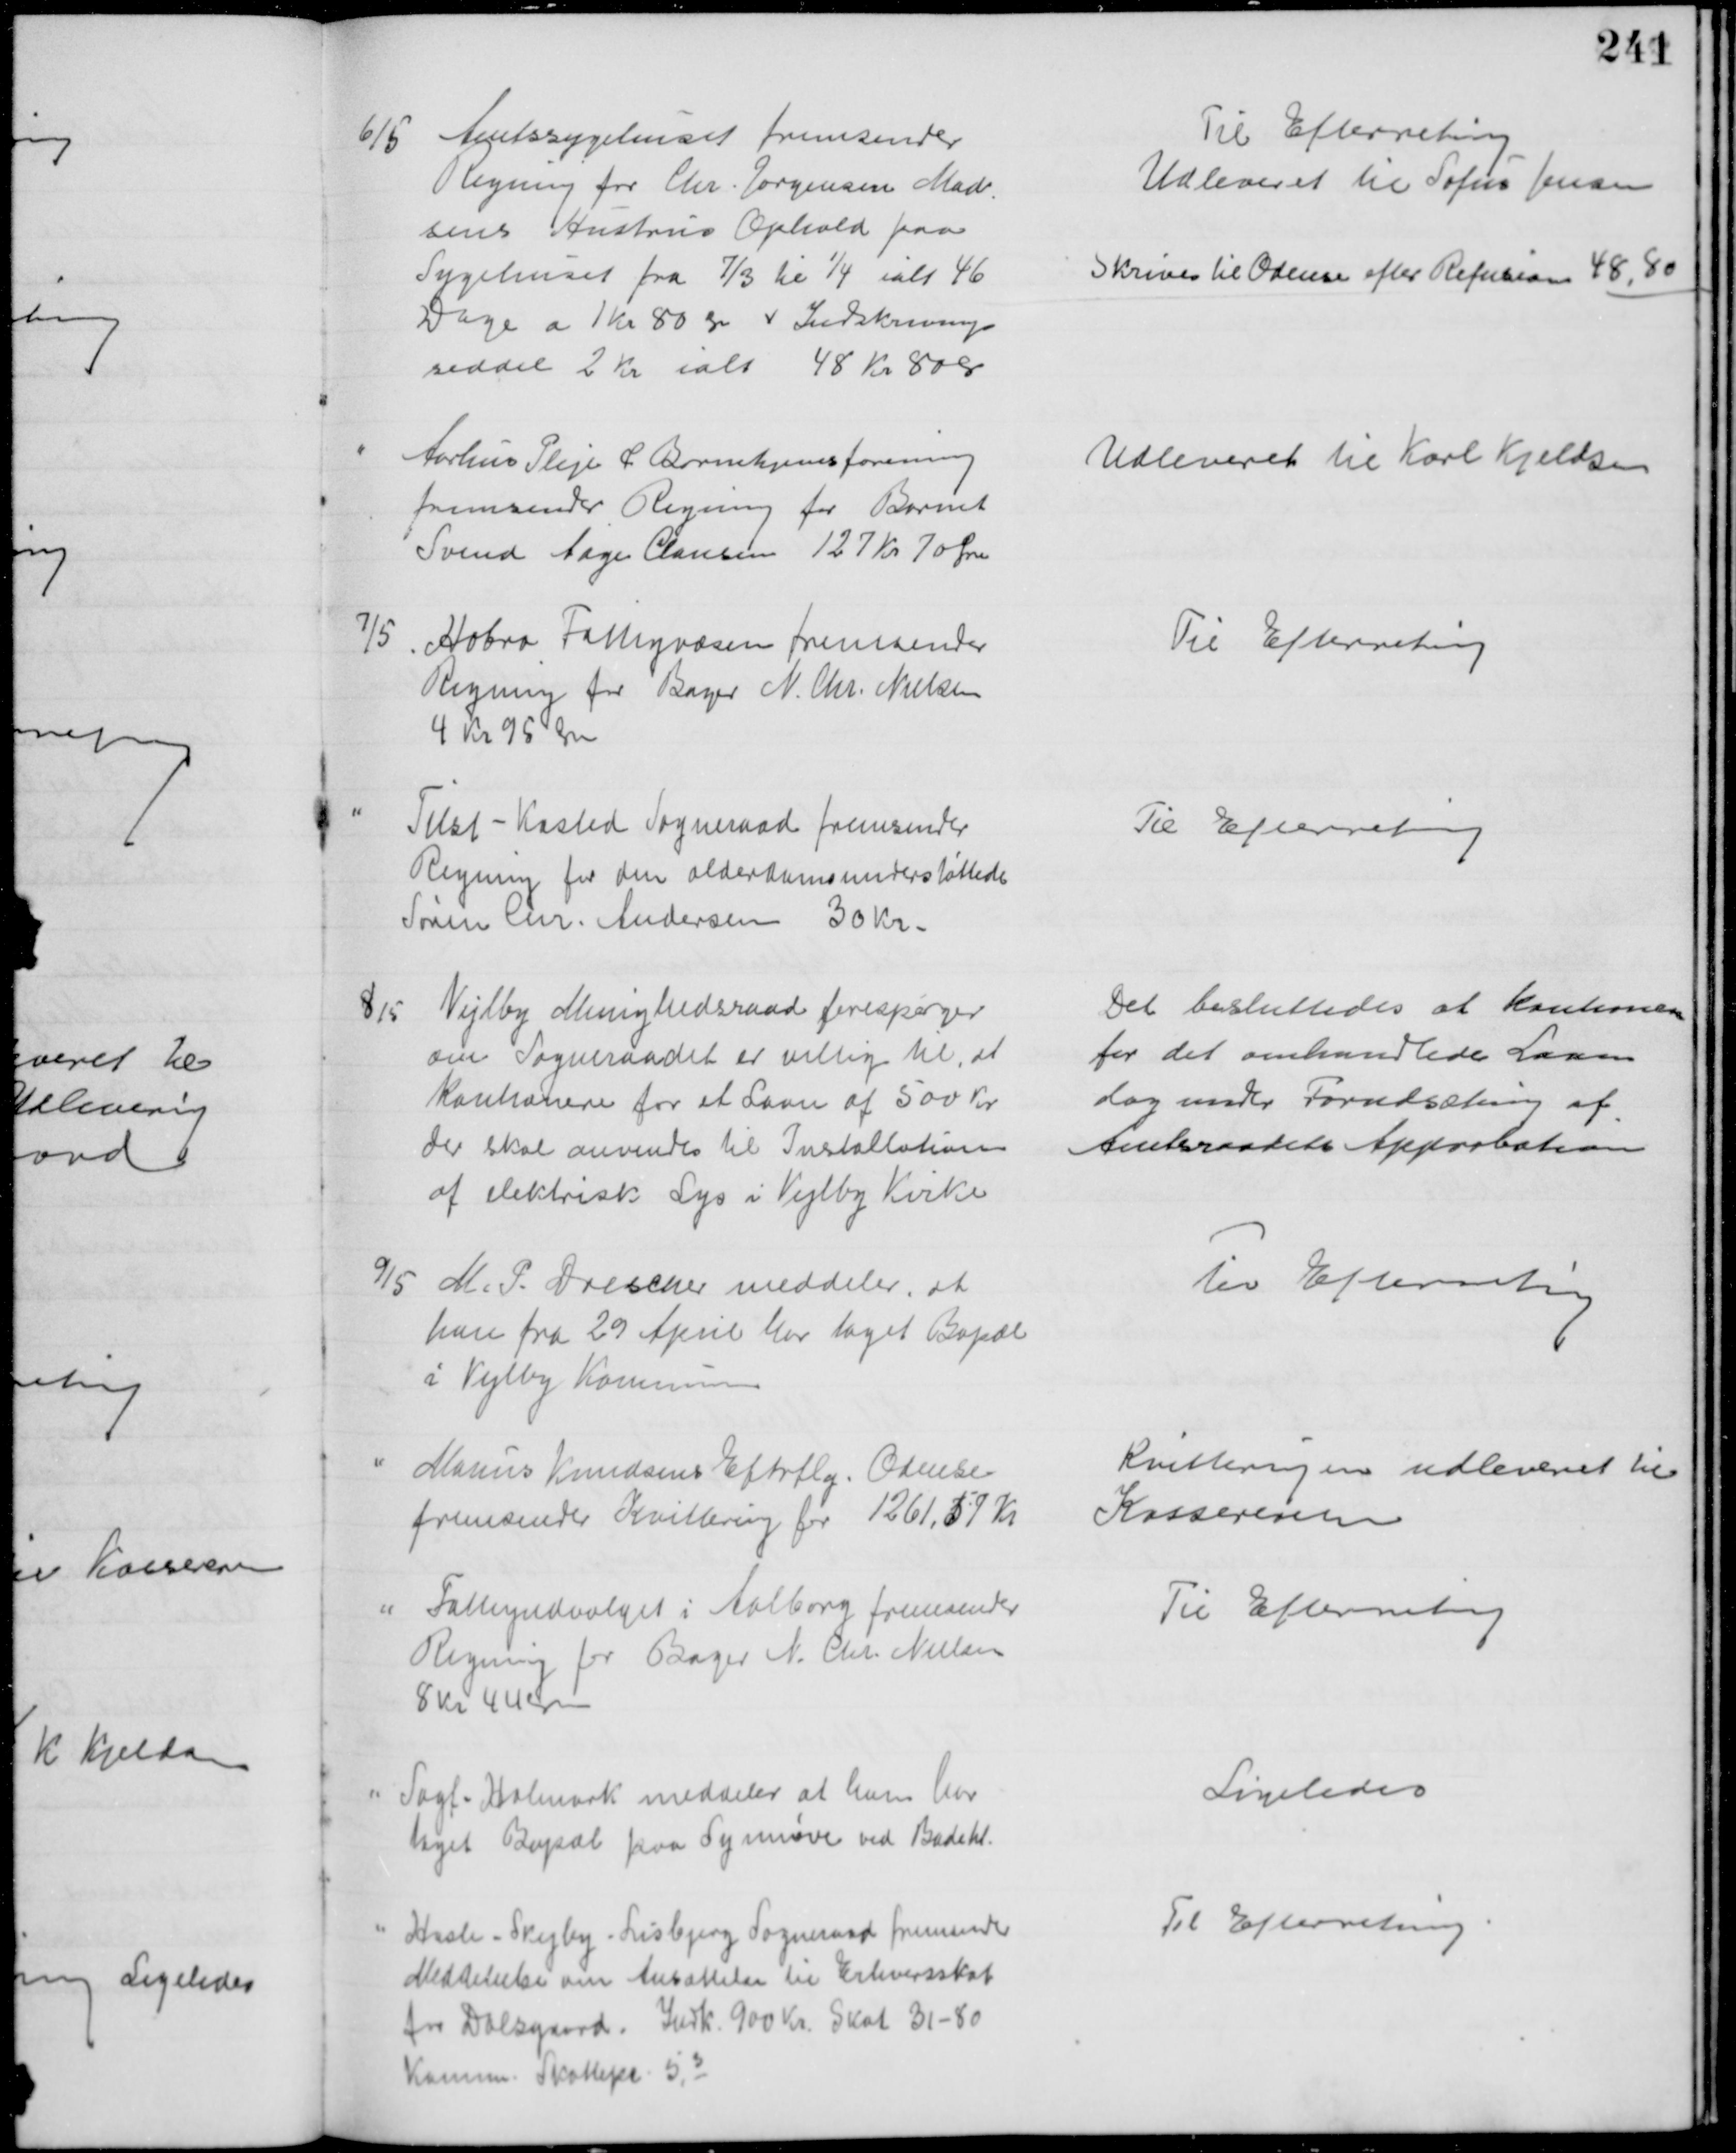
Transskription:
6/5 Amtssygehuset fremsender
Regning for Chr. Jørgensen Mad-
sens Hustrus Ophold paa
Sygehuset fra 7/3 til 1/4 ialt 46
Dage a 1 kr 80 Øre
Indskrivnings
seddel 2 Kr ialt 48 Kr 80 Ør
Til Efterretning
Udleveret til Sofus Jensen
Skrives til Odense efter Refusion 48,80
Aarhus Pleje & Børnehjemsforening
fremsender Regning for Barnet
Svend Aage Clausen 127 Kr. 70 Øre
Udleveret til Karl Kjeldsen 
7/5
Hobro Fattigvæsen fremsender
Regning for Bager N. Chr. Nielsen
4 Kr 95 Øre
Til Efterretning
Tilst-Kasted Sogneraad fremsender
Regning for den alderdomsunderstøttede
Søren Chr. Andersen 30 Kr.
Til Efterretning
8/5
Vejlby Menighedsraad forespørger
om Sogneraadet er villig til, at
kautionere for et Laan af 500 Kr
der skal anvendes til Installation
af elektrisk Lys i Vejlby Kirke
Det besluttedes at kautionere
for det omhandlede Laan
dog under Forudsætning af
Amtsraadets Approbation
9/5
M. P. Drescher meddeler, at
han fra 29 April har taget Bopæl
i Vejlby Kommune
til Efterretning
Marius Knudsens Efterflg. Odense
fremsender Kvittering for 1261,57 Kr
Kvitteringen udleveret til
Kassereren
Fattigudvalget i Aalborg fremsender
Regning for Bager N. Chr. Nielsen
8 Kr 44 Øre
Til Efterretning
Sagf. Holmark meddeler at han har
taget Bopæl paa Synnøve ved Badehl.
Ligeledes
Hasle - Skejby - Lisbjerg Sogneraad fremsender
Meddelelse om Ansættelse til Erhvervsskat
for Dalsgaard. Indk. 900 Kr. Skat 31-80
Komm. Skattepr. 5,3
Til Efterretning